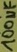
Text: 100µF